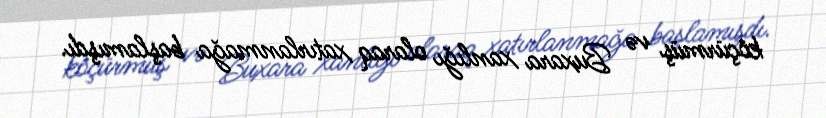
köçürmüş və Buxara xanlığı olaraq xatırlanmağa başlamışdı.